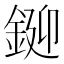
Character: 𨧞